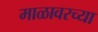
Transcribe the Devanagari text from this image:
माळावरच्या